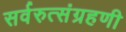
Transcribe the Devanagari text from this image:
सर्वरुत्संग्रहणी